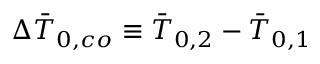
\Delta \bar { T } _ { 0 , c o } \equiv \bar { T } _ { 0 , 2 } - \bar { T } _ { 0 , 1 }